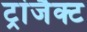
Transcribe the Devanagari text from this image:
ट्रांजैक्ट